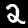
Digit: 2